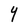
Character: Y